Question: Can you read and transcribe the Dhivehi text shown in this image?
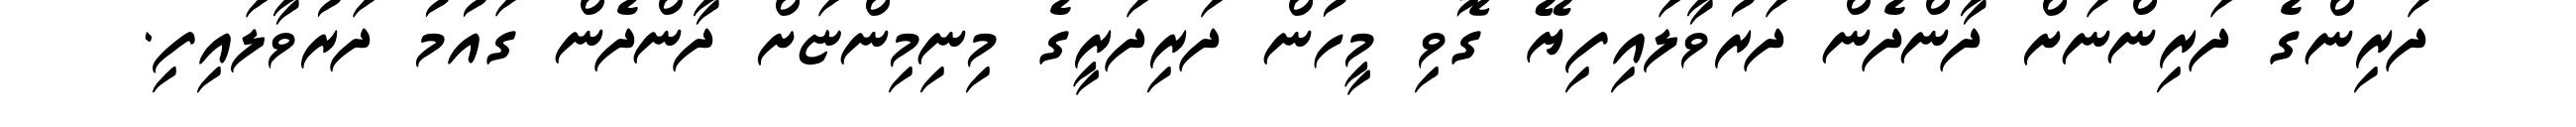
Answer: ދަރިންގެ ދަރިންނަށް ދާންދެން ދަރުވާލައިފިޔޭ ގޮވި މީހުން ދަރިދަރީގެ މިނިމިންޏަށް ދާންދެން ގައުމު ދަރުވާލައިފި.